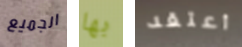
الجميع بها أعتقد